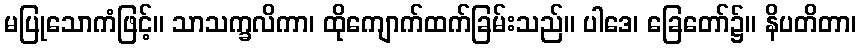
မပြုသောကံဖြင့်။ သာသက္ခလိကာ၊ ထိုကျောက်ထက်ခြမ်းသည်။ ပါဒေ၊ ခြေတော်၌။ နိပတိတာ၊